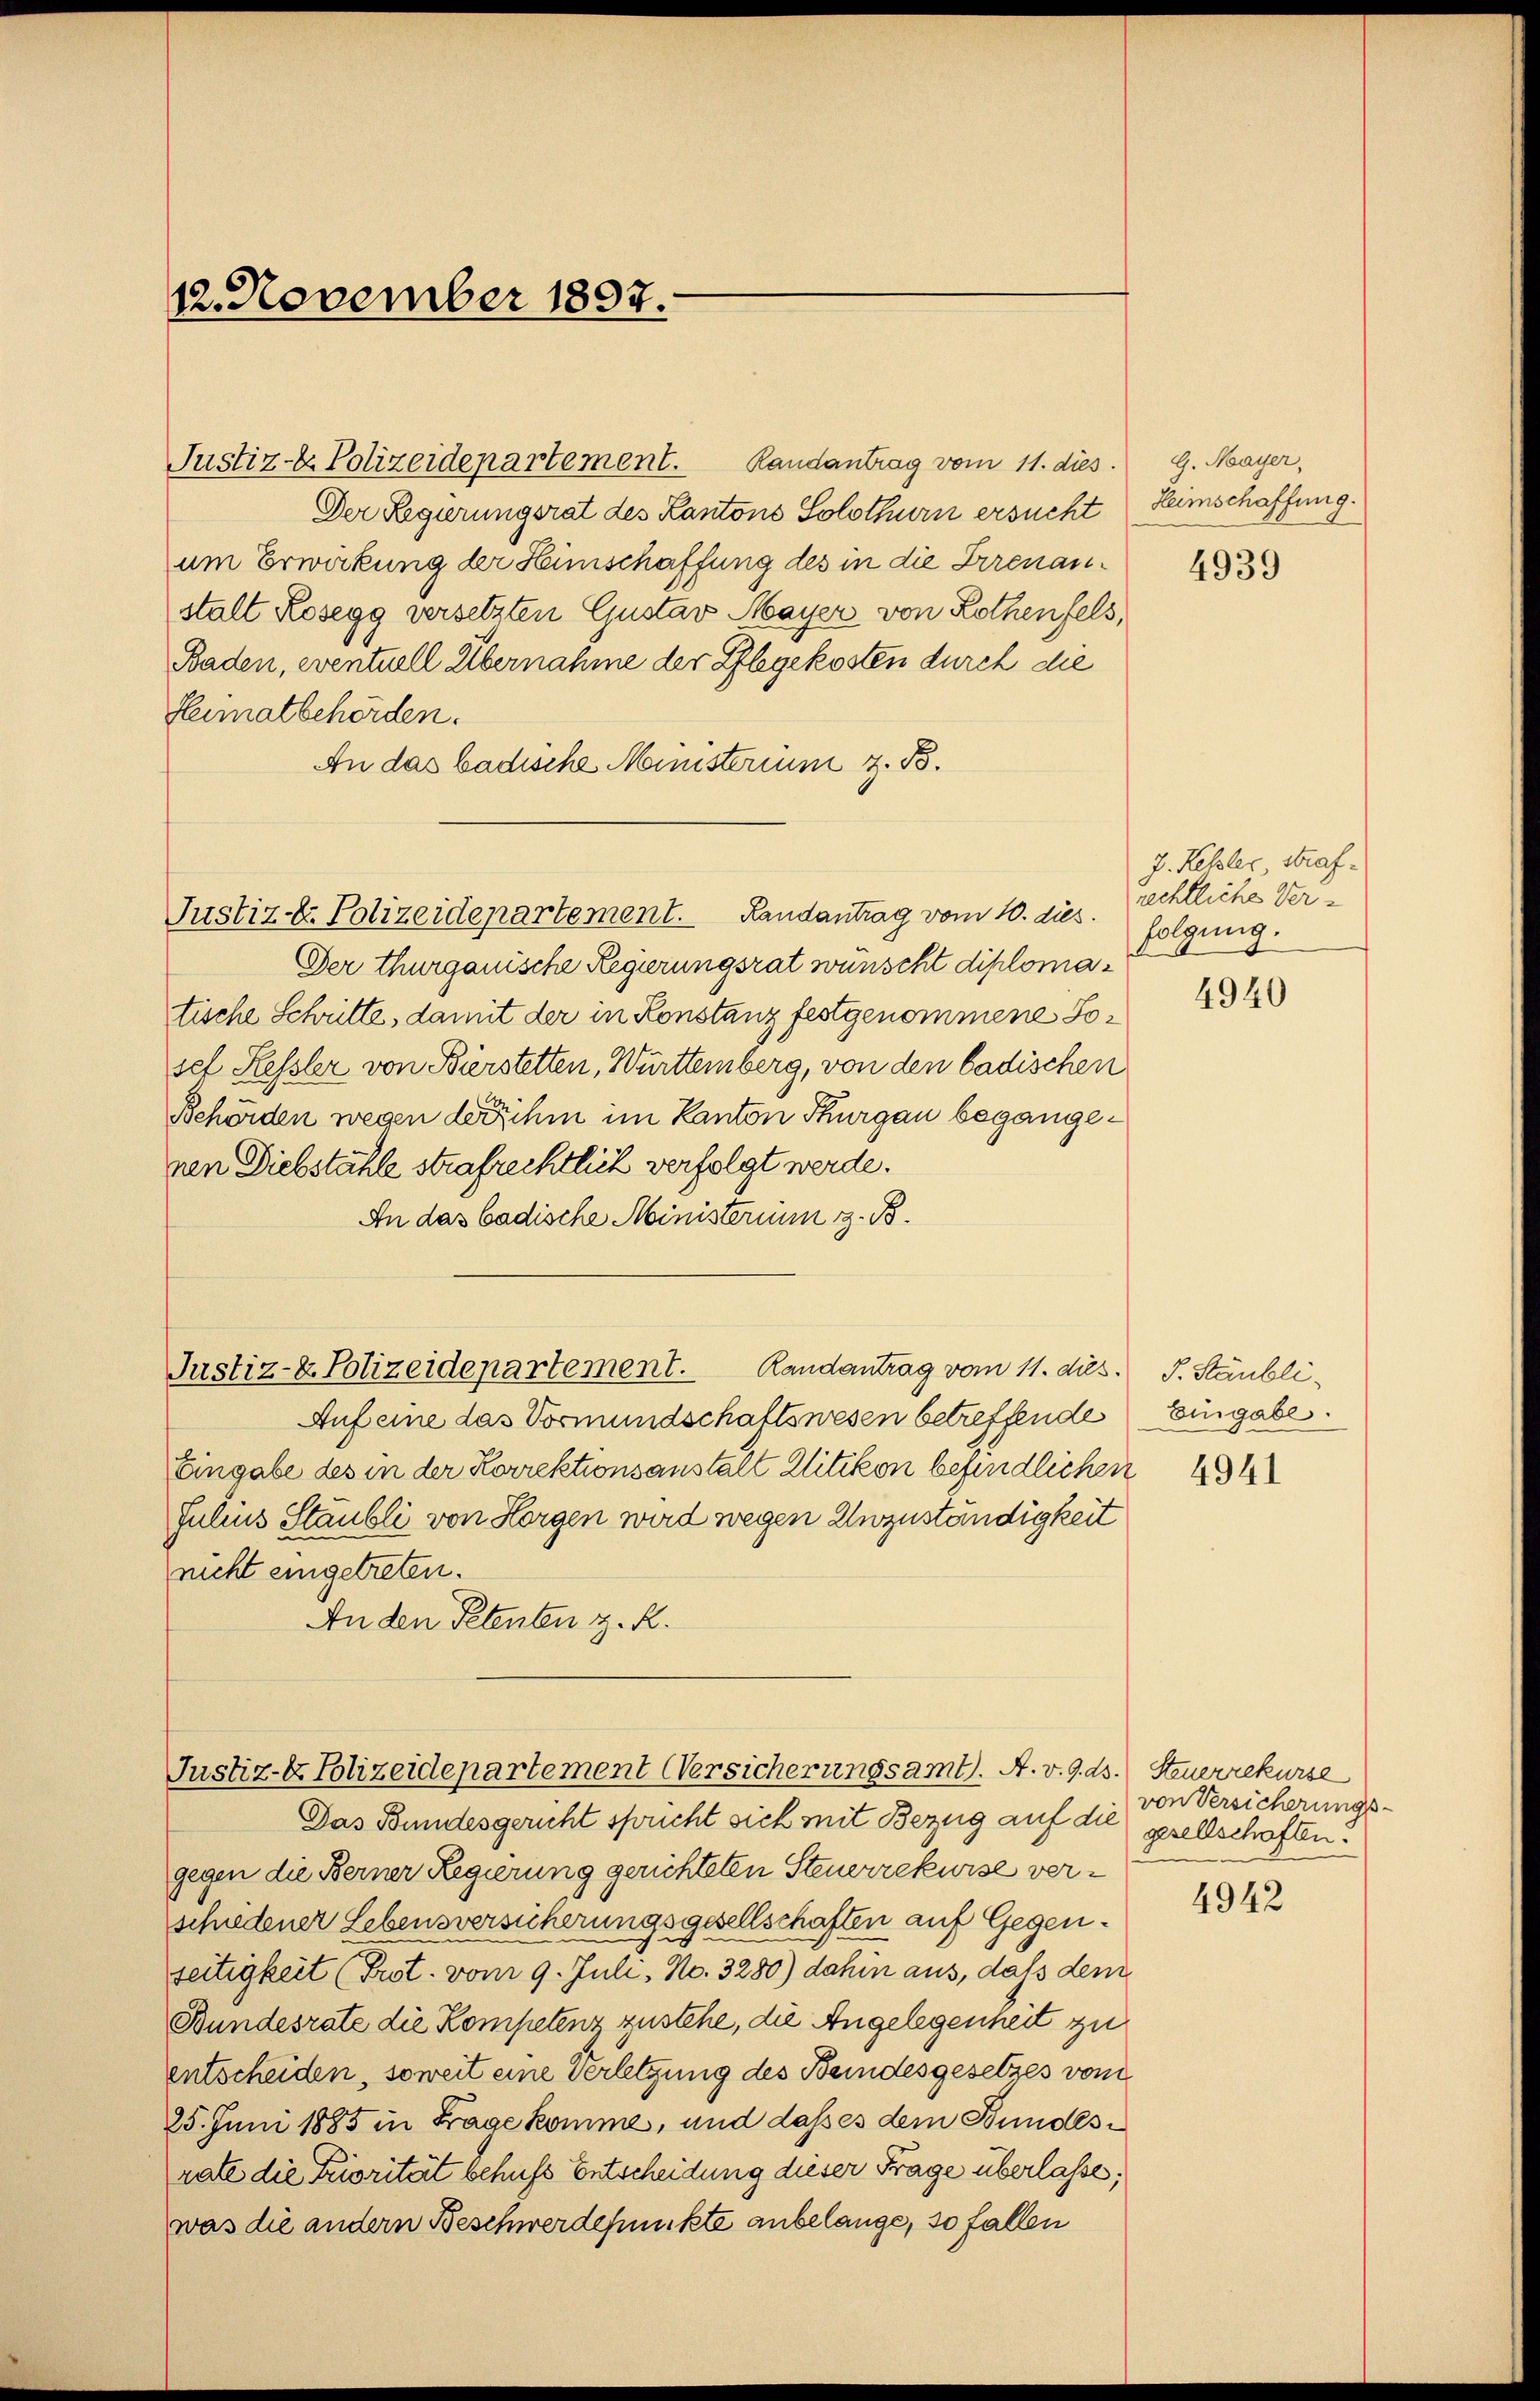
12. November 1897.

Justiz- & Polizeidepartement. Randantrag vom 11. dies
Der Regierungsrat des Kantons Solothurn ersucht
um Erwirkung der Heimschaffung des in die Irrenanstalt Kosegg versetzten Gustav Mayer von Rothenfels,
Baden, eventuell Übernahme der Pflegekosten durch die
Heimatbehörden.
An das badische Ministerium z. B.
Justiz & Polizeidepartement. Randantrag vom 10. dies
Der thurgauische Regierungsrat wünscht diplomatische Schritte, damit der in Konstanz festgenommene Josel Hessler von Bierstetten, Württemberg, von den badischen
Behörden wegen der hin im Kanton Thurgau begangenen Diebstähle strafrechtlich verfolgt werde.
An das badische Ministerium z. B.
Justiz- & Polizeidepartement. Randantrag vom 11. dies
Aufeine das Vormundschaftswesen betreffende
Eingabe des in der Korrektionsanstalt Uitikon befindliche
Julius Staubli von Horgen wird wegen Unzuständigkeit
nicht eingetreten.
An den Petenten z. R.

Justiz- & Polizeidepartement Versicherungsamt. A. v. 9. ds. Steuerrekurse

Das Bundesgericht spricht sich mit Bezug auf die
gegen die Berner Regierung gerichteten Steuerrekurse verschiedener Lebensversicherungsgesellschaften auf Gegenseitigkeit (Prot. vom 9. Juli, No. 3280) dahin aus, daß dem
Bundesrate die Kompetenz zustehe, die Angelegenheit zu
entscheiden, soweit eine Verletzung des Beindesgesetzes vom
25. Juni 1885 in Frage komme, und dass es dem Bundesrate die Priorität behufs Entscheidung dieser Frage überlasse;
was die andern Beschwerdefunkte anbelange, so fallen

G. Mayer,
Heimschaffung.

4939

J. Rehler, Strafrechtliche Verfolgung.

4940

S. Stäubli-
Eingabe.

4941

von Versicherungsgesellschaften.

4942